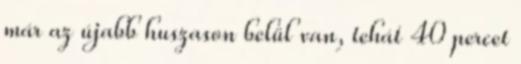
már az újabb huszason belül van, tehát 40 percet